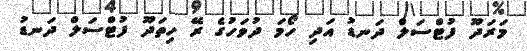
މަރަދޫ ފުޓްސަލް ދަނޑު އަދި ހޯމަ ދުވަހުގެ ރޭ ހިތަދޫ ފުޓްސަލް ދަނޑު